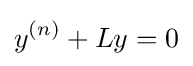
y^{(n)}+Ly=0